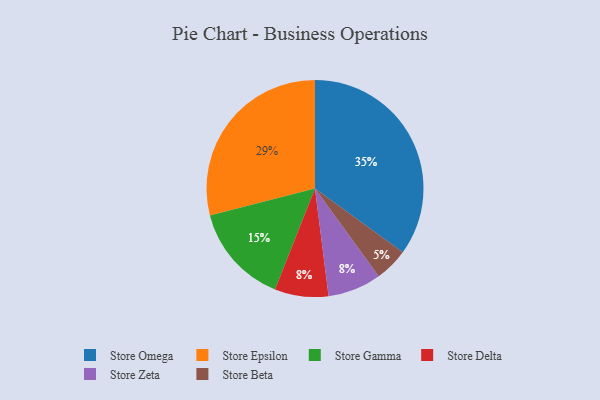
{"axis": {"x": "Category", "y": "Percentage"}, "legend": ["Store Beta", "Store Delta", "Store Epsilon", "Store Gamma", "Store Omega", "Store Zeta"], "data": [{"x": "Store Epsilon", "y": 29, "type": "Store Epsilon"}, {"x": "Store Delta", "y": 8, "type": "Store Delta"}, {"x": "Store Omega", "y": 35, "type": "Store Omega"}, {"x": "Store Beta", "y": 5, "type": "Store Beta"}, {"x": "Store Gamma", "y": 15, "type": "Store Gamma"}, {"x": "Store Zeta", "y": 8, "type": "Store Zeta"}]}